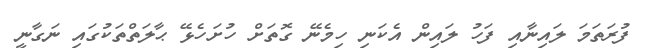
ފުރަތަމަ ލައިނާއި ފަހު ލައިން އެކަނި ހިމެނޭ ގޮތަށް ހުށަހެޅޭ ޙާލަތްތަކުގައި ނަގާނީ